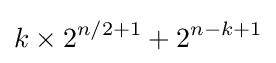
k\times 2^{n/2+1}+2^{n-k+1}